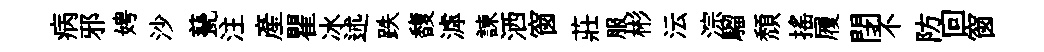
病邪娉沙甆注產瞿冰述跌馥滹諫洒窗莊服彬沄淙騮頽揺履閉不防回窗